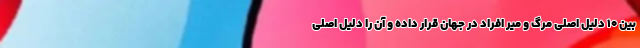
بین 10 دلیل اصلی مرگ و میر افراد در جهان قرار داده و آن را دلیل اصلی